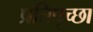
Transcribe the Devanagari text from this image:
प्रतिपृच्छा